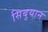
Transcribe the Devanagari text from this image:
सिबुयान